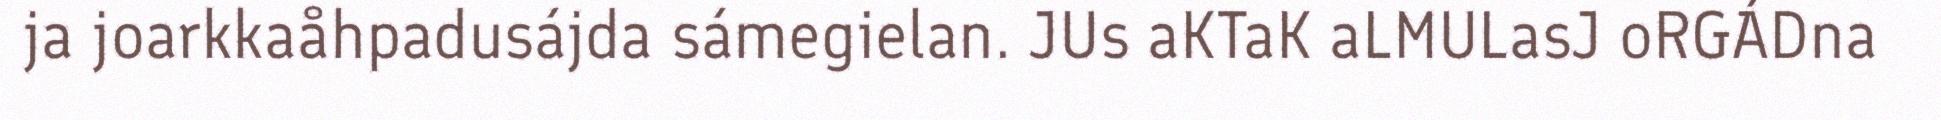
ja joarkkaåhpadusájda sámegielan. JUs aKTaK aLMULasJ oRGÁDna